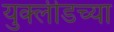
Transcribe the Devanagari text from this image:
युक्लीडच्या